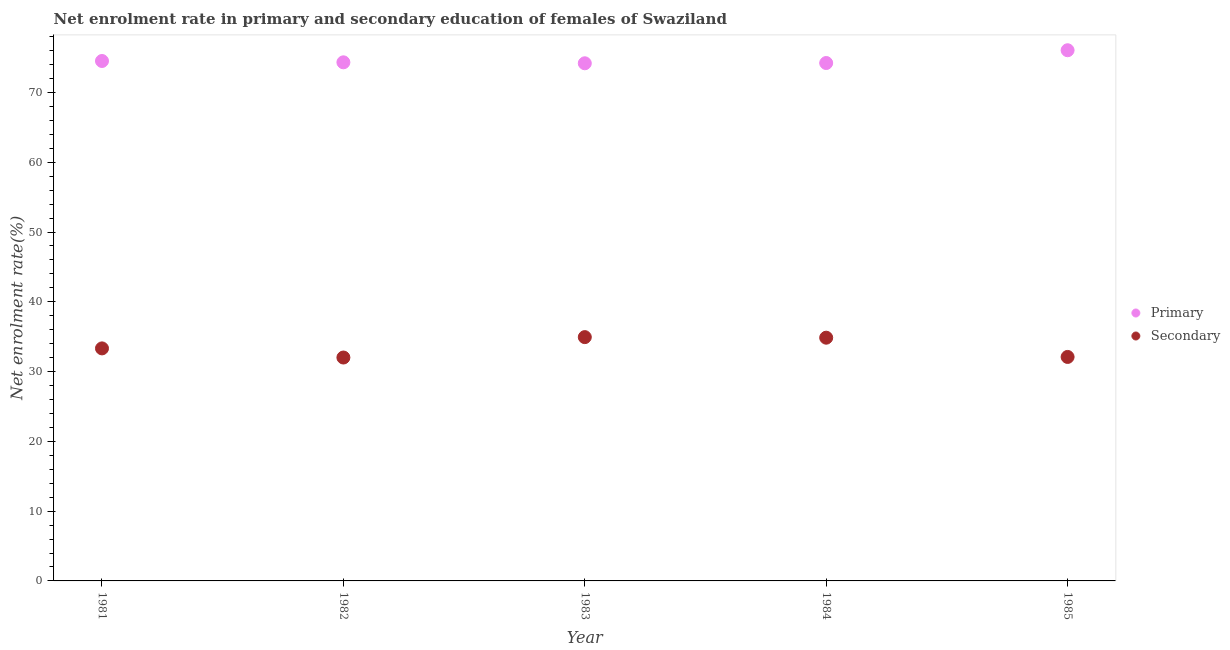
| Year | Primary | Secondary |
 | --- | --- | --- |
 | 1981 | 74.5 | 33.3 |
 | 1982 | 74.3 | 32 |
 | 1983 | 74.2 | 34.9 |
 | 1984 | 74.2 | 34.9 |
 | 1985 | 76.1 | 32.1 |